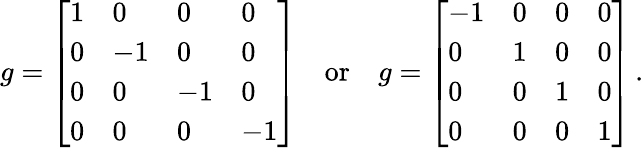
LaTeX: g={\left[\begin{array}{llll}{1}&{0}&{0}&{0}\\ {0}&{-1}&{0}&{0}\\ {0}&{0}&{-1}&{0}\\ {0}&{0}&{0}&{-1}\end{array}\right]}\quad{\mathrm{or}}\quad g={\left[\begin{array}{llll}{-1}&{0}&{0}&{0}\\ {0}&{1}&{0}&{0}\\ {0}&{0}&{1}&{0}\\ {0}&{0}&{0}&{1}\end{array}\right]}\, .